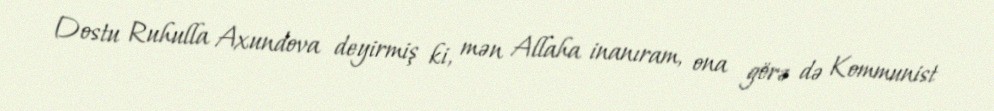
Dostu Ruhulla Axundova deyirmiş ki, mən Allaha inanıram, ona görə də Kommunist